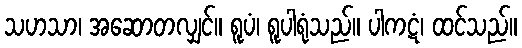
သဟသာ၊ အဆောတလျှင်။ ရူပံ၊ ရူပါရုံသည်။ ပါကဋံ၊ ထင်သည်။